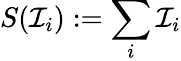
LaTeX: S(\mathcal{I}_{i}):=\sum_{i}\mathcal{I}_{i}